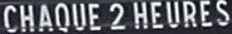
CHAQUE2HEURES